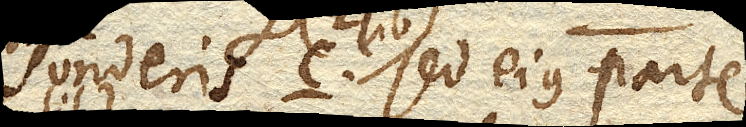
vi potentia ponderis c. (2 lib.) sed ejus parte